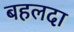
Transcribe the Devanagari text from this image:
बहलदा